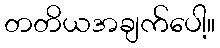
တတိယအချက်ပေါ့။